Tezpur Lunatic Asylum reports 1895-1904 - 1895-1904
Year: 1895
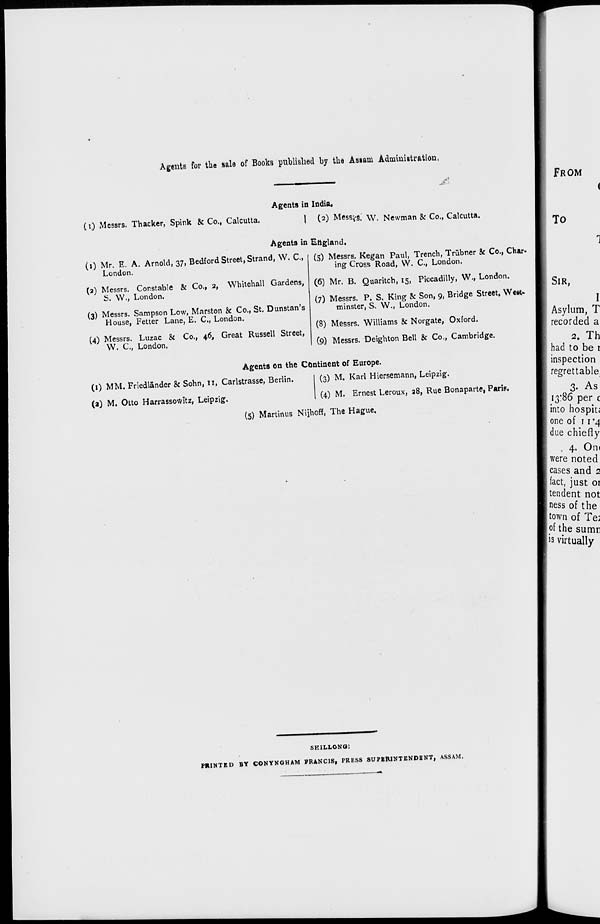
Agents for the sale of Books published by the As»am Administration.
Agents in India,
(i) Messrs. Thacker, Spink & Co., Calcutta.
1 (2) Messrs. \y. Newman & Co., Calcutta.
Agents in England,
(1) Mr. E. A. Arnold, 37, Bedford Street, Strand, W. C,
London.
(2) Messrs. Constable & Co., 2, Whitehall Gardens,
S. W., London.
(3) Messrs. Sampson Low, Marston & Co., St. Dunstan's
House, Fetter Lane, E. C„ London.
(4) Messrs. Luzac & Co., 46, Great Russell Street,
W. C.| London.
(5) Messrs, Kegan Paul, Trench, Tnibner & Co., Char-
ing Cross Road, W. C, London.
(6) Mr. B. Quaritch, 15, Piccadilly, W., London.
(7) Messrs. P. S. King & Son, 9, Bridge Street, We§fc.
minster, S. W., London.
(8) Messrs. Williams & Norgate, Oxford.
(9) Messrs. Deighton Bell & Co., Cambridge.
Agents on the Continent of Europe.
(1) MM. Friedlander & Sohn, 11, Carlstrasse, Berlin.
(a) M. Otto Harrassowitz, Leipzig.
(3) M. Karl Hiersemann, Leipzig.
(4) M. Ernest Leroux, 28, Rue Bonaparte, Paris.
(5) Martinus Nijhoff, The Hague,
SKILLONO:
PRINTED BY CONYNGHAM FRANCIS, PRESS SUPERINTENDENT, ASSAM,